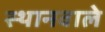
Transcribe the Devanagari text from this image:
स्थानवाले